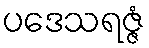
ပဒေသရဇ္ဇံ